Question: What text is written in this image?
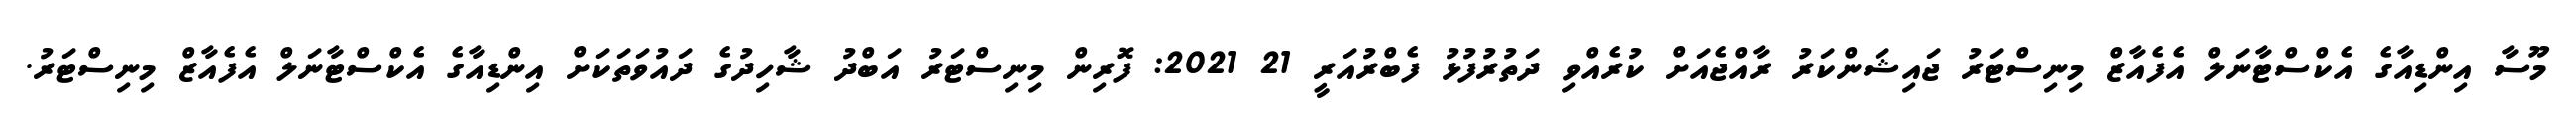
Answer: މޫސާ އިންޑިއާގެ އެކްސްޓާނަލް އެފެއާޒް މިނިސްޓަރު ޖައިޝަންކަރު ރާއްޖެއަށް ކުރެއްވި ދަތުރުފުޅު ފެބްރުއަރީ 21 2021: ފޮރިން މިނިސްޓަރު އަބްދު ޝާހިދުގެ ދައުވަތަކަށް އިންޑިއާގެ އެކްސްޓާނަލް އެފެއާޒް މިނިސްޓަރު.